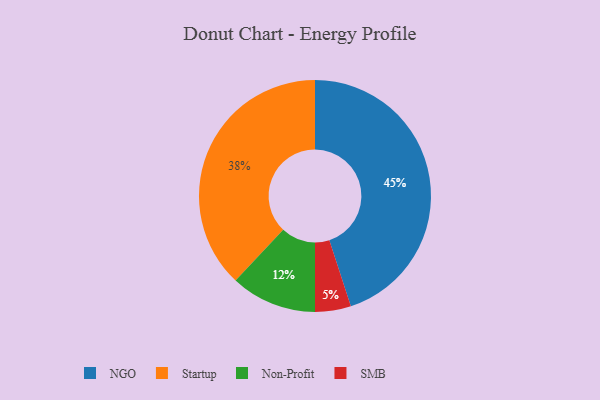
{"axis": {"x": "Category", "y": "Percentage"}, "legend": ["NGO", "Non-Profit", "SMB", "Startup"], "data": [{"x": "Non-Profit", "y": 12, "type": "Non-Profit"}, {"x": "Startup", "y": 38, "type": "Startup"}, {"x": "NGO", "y": 45, "type": "NGO"}, {"x": "SMB", "y": 5, "type": "SMB"}]}